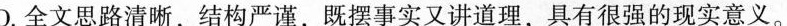
D.全文思路清晰，结构严谨，既摆事实又讲道理，具有很强的现实意义。